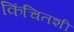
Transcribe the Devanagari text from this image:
किंचितशी